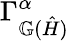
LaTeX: \Gamma_{\mathbb{G}(\hat{H})}^{\alpha}